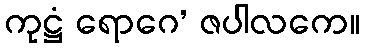
ကုဋ္ဌံ ရောဂေ’ ဇပါလကေ။